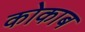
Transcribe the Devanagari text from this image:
कोकाब